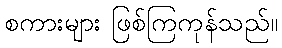
စကားများ ဖြစ်ကြကုန်သည်။